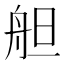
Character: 𦨪